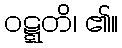
ဝဋ္ဋတိ၊ ၏။